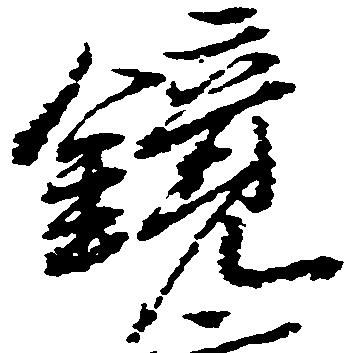
鏡